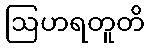
ဩဟရတူတိ